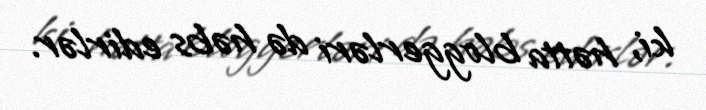
ki, hətta bloggerləri də həbs edirlər.